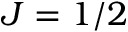
J = 1 / 2